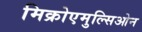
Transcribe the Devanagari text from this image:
मिक्रोएमुल्सिओन